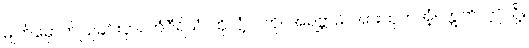
မျက်မှောက်ပြုခြင်းငှာ။ တံဝီရိယံ၊ ထိုလုံ့လကို။ အရဗ္ဘာမိ၊ အားထုတ်အံ့။ ဣတိ၊ ဤသို့။